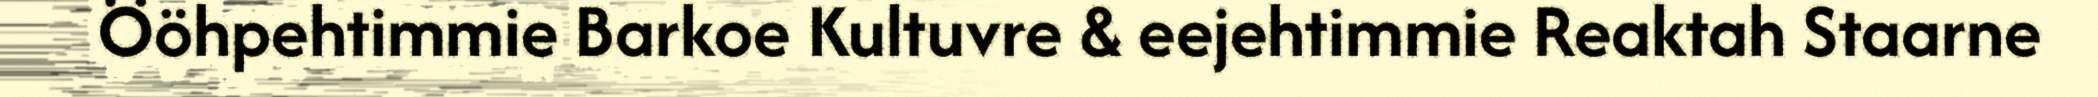
Ööhpehtimmie Barkoe Kultuvre & eejehtimmie Reaktah Staarne